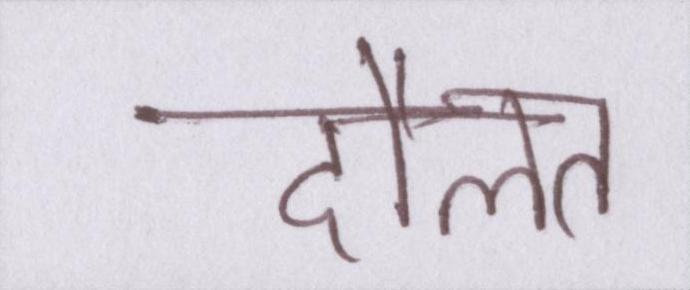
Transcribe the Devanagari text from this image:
दौलत